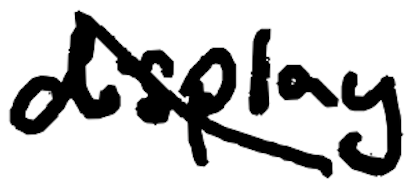
Text: display
Cross-out: diagonal
Writing tool: digital_black